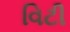
વિટી